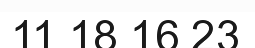
11 18 16 23